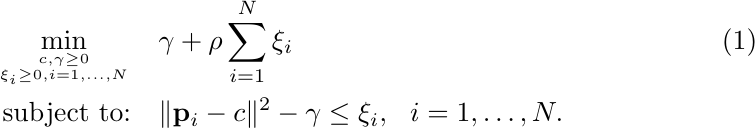
	\begin{align}
	\label{svdd0}
	\min_{c,\gamma \geq 0 \atop \xi_i \geq 0, i=1,\ldots,N} & \quad  \gamma + \rho \sum_{i=1}^N \xi_i \\
	\textrm{\rm subject to:} & \quad \| \mathbf{p}_i - c \|^2 - \gamma \leq \xi_i, \ \ i = 1, \ldots ,N. \nonumber
	\end{align}